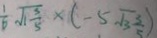
\frac { 1 } { 6 } \sqrt { 1 \frac { 3 } { 5 } } \times ( - 5 \sqrt { 3 \frac { 3 } { 5 } } )